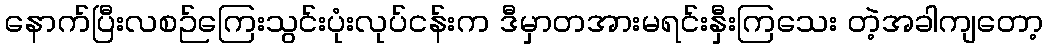
နောက်ပြီးလစဉ်ကြေးသွင်းပုံးလုပ်ငန်းက ဒီမှာတအားမရင်းနှီးကြသေး တဲ့အခါကျတော့